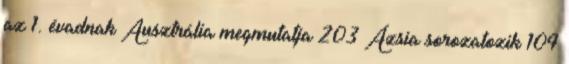
az 1. évadnak Ausztrália megmutatja 203 Ázsia sorozatozik 104